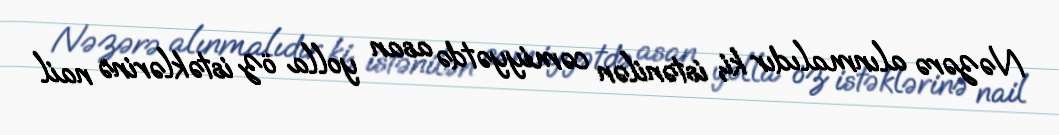
Nəzərə alınmalıdır ki, istənilən cəmiyyətdə asan yolla öz istəklərinə nail